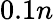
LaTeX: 0.1n